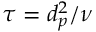
\tau = d _ { p } ^ { 2 } / \nu